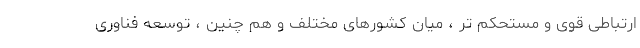
ارتباطی قوی و مستحکم تر ، میان کشورهای مختلف و هم چنین ، توسعه فناوری